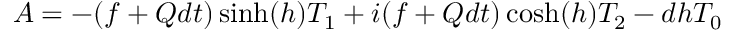
A = - ( f + Q d t ) \sinh ( h ) T _ { 1 } + i ( f + Q d t ) \cosh ( h ) T _ { 2 } - d h T _ { 0 }